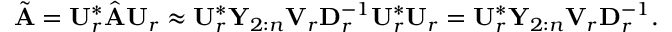
\begin{array} { r } { \tilde { \mathbf { A } } = \mathbf { U } _ { r } ^ { * } \hat { \mathbf { A } } \mathbf { U } _ { r } \approx \mathbf { U } _ { r } ^ { * } \mathbf { Y } _ { 2 : n } \mathbf { V } _ { r } \mathbf { D } _ { r } ^ { - 1 } \mathbf { U } _ { r } ^ { * } \mathbf { U } _ { r } = \mathbf { U } _ { r } ^ { * } \mathbf { Y } _ { 2 : n } \mathbf { V } _ { r } \mathbf { D } _ { r } ^ { - 1 } . } \end{array}